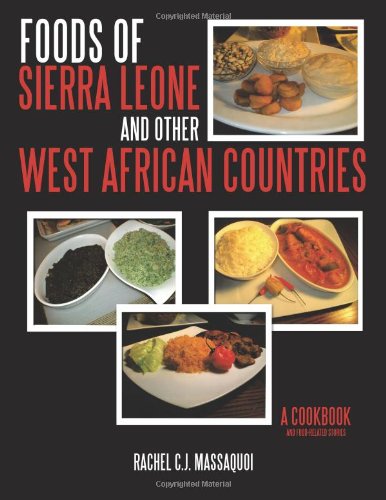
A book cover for Foods of Sierra Leone and Other West African Countries: A Cookbook; Rachel C.J. Massaquoi; Cookbooks, Food & Wine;